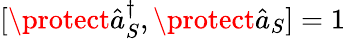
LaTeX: [\protect\hat{a}_{S}^{\dagger},\protect\hat{a}_{S}]=1